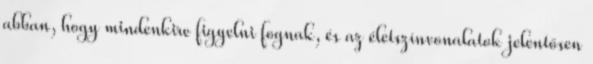
abban, hogy mindenkire figyelni fognak, és az életszínvonalatok jelentősen